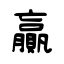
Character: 贏